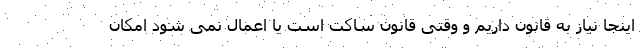
اینجا نیاز به قانون داریم و وقتی قانون ساکت است یا اعمال نمی شود امکان